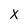
Character: X